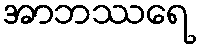
အာဘဿရေ